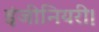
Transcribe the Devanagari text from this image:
इंजीनियरी।